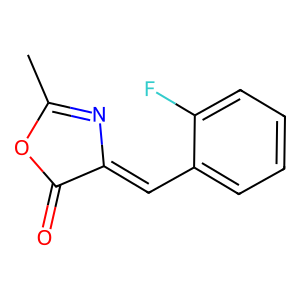
SMILES: CC1=NC(=Cc2ccccc2F)C(=O)O1
Inhibits HIV replication: No